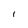
Character: l